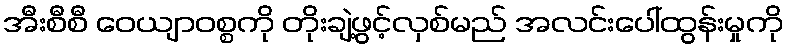
အီးစီစီ ဝေယျာဝစ္စကို တိုးချဲ့ဖွင့်လှစ်မည် အလင်းပေါ်ထွန်းမှုကို